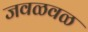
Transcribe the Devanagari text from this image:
जवळवळ